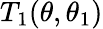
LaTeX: T_{1}(\theta,\theta_{1})